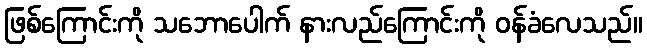
ဖြစ်ကြောင်းကို သဘောပေါက် နားလည်ကြောင်းကို ဝန်ခံလေသည်။